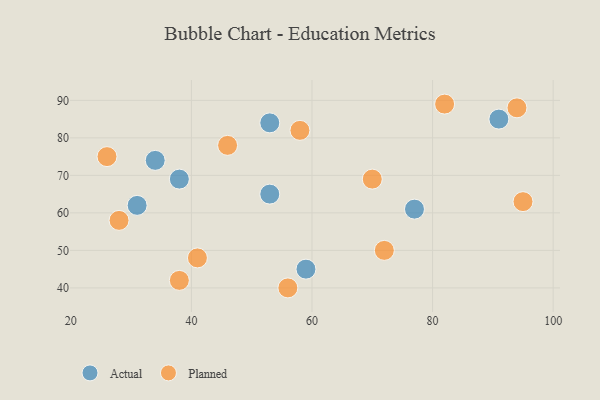
{"axis": {"x": "GDP", "y": "Life Expectancy"}, "legend": ["Actual", "Planned"], "data": [{"x": "31", "y": 62, "type": "Actual"}, {"x": "91", "y": 85, "type": "Actual"}, {"x": "34", "y": 74, "type": "Actual"}, {"x": "53", "y": 65, "type": "Actual"}, {"x": "53", "y": 84, "type": "Actual"}, {"x": "59", "y": 45, "type": "Actual"}, {"x": "38", "y": 69, "type": "Actual"}, {"x": "77", "y": 61, "type": "Actual"}, {"x": "28", "y": 58, "type": "Planned"}, {"x": "82", "y": 89, "type": "Planned"}, {"x": "70", "y": 69, "type": "Planned"}, {"x": "72", "y": 50, "type": "Planned"}, {"x": "56", "y": 40, "type": "Planned"}, {"x": "46", "y": 78, "type": "Planned"}, {"x": "26", "y": 75, "type": "Planned"}, {"x": "58", "y": 82, "type": "Planned"}, {"x": "38", "y": 42, "type": "Planned"}, {"x": "41", "y": 48, "type": "Planned"}, {"x": "94", "y": 88, "type": "Planned"}, {"x": "95", "y": 63, "type": "Planned"}]}